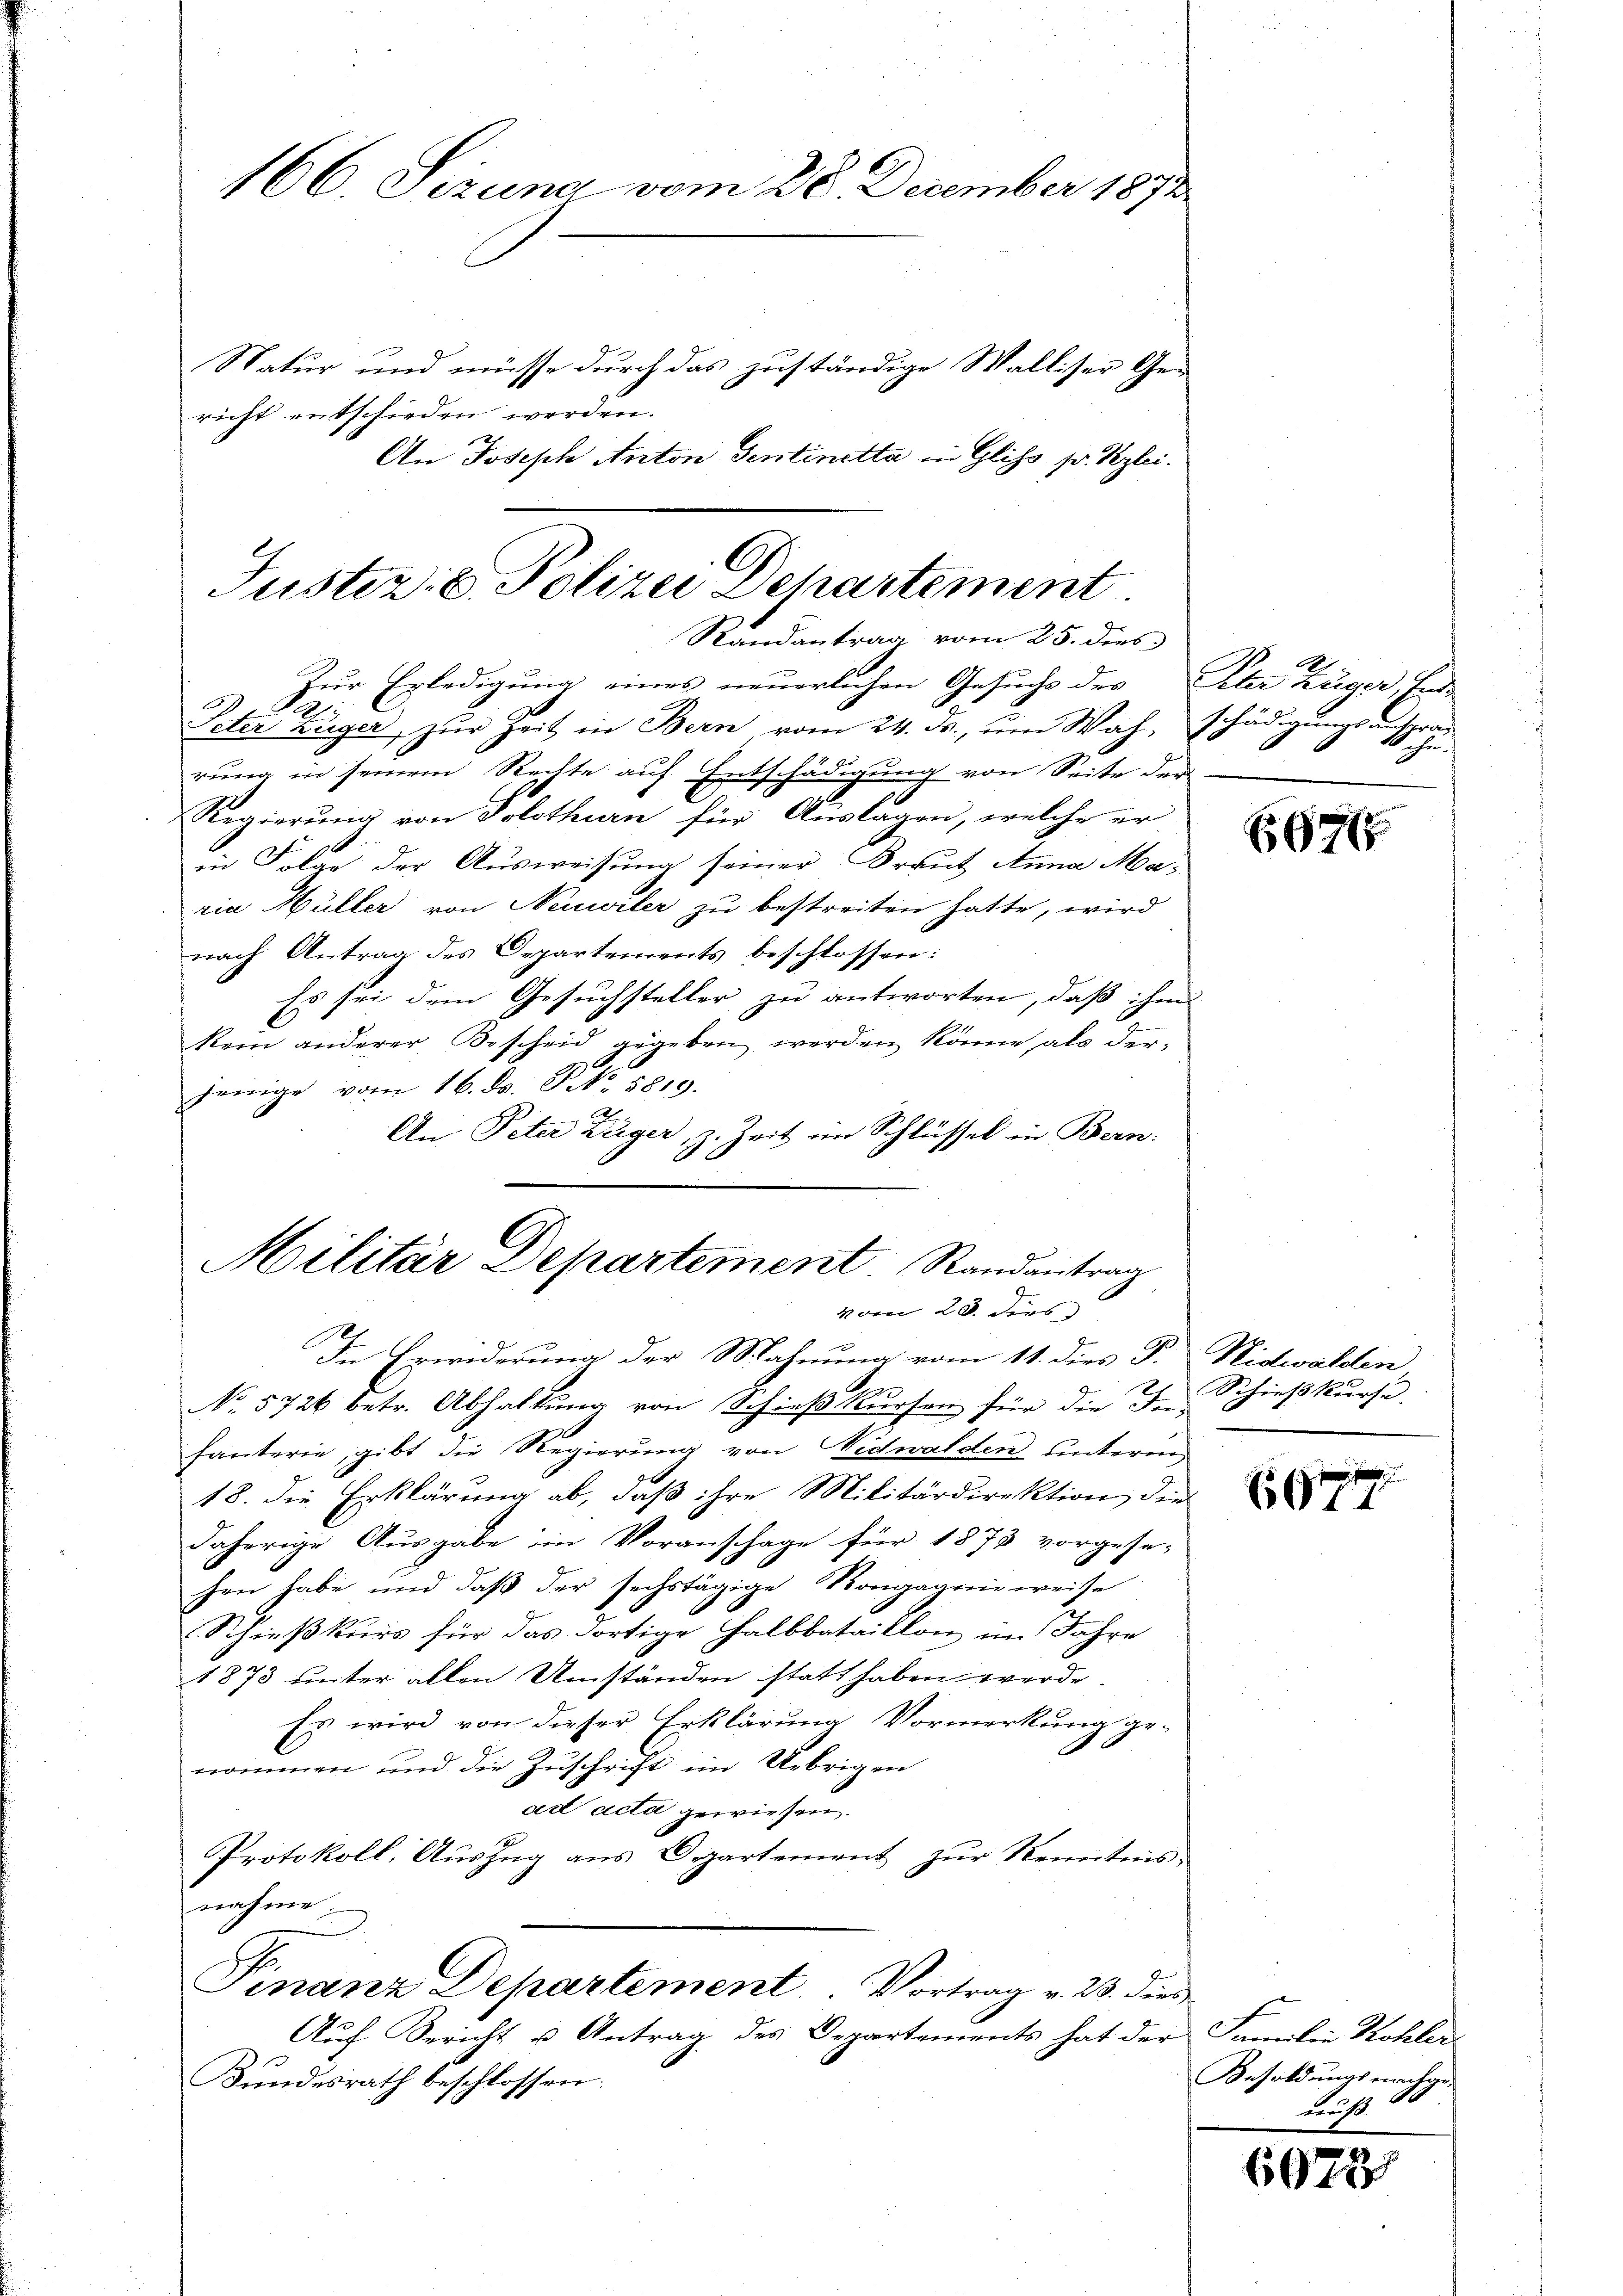
166. Sizung vom 28. December 1871
Natur und müsse durch das zuständige Walliser Ge¬

richt entschieden werden.
An Joseph Anton Sentinetta in Glits pr. Szlei.

Justiz- & Polizei Dehartement
Randantrag vom 25. dies

Militär Departement Randantrag
vom 20. ders

Zur Erledigung eines neuerlichen Gesuche des Peter Züger, fer
.
Peter Züger zur Zeit in Bern vom 24. ds., um Wah, schädigungsantra
rung in seinem Rechte auf Entschädigung von Seite der
Regierung von Solothurn für Auslagen, welche er
1.
in Folge der Ausweisung seiner Braut Anna Maria Müller von Neuerler zu bestreiten hatte, wird
nach Antrag des Departements beschlossen:
Es sei dem Gesuchsteller zu antworten, daß ihm
kein anderer Bescheid gegeben werden könne als derjenige vom 16. ds. No. 5819.
An Peter Züger, z. Zeit im Schlüssel in Bern:

In Erwiderung der Mahnung vom 11. dies P. Nidwalden
No. 5726 betr. Abhaltung von Schieß kursen für die In-
fanterie, gibt die Regierung von Nidwalden unterm
18. die Erklärung ab, daß ihre Militärdirektion die
daherige Ausgabe in Voranschage für 1873 vorgese-
hen habe und daß der sechstägige Kongagnieweise
Schießkurs für das dortige Halbbataillon im Jahre
1873 unter allen Umständen statt haben werde.
Es wird von dieser Erklärung Vormerkung ge-
nommen und die Zuschrift im Uebrigen
ad acta gewiesen.
Protokoll, Auszug aus Departement zur Kenntnis-
nahme
Finanz Departement. Vortrag v. 23. dies
Auf Bericht u Antrag des Departements hat der Familie Kohler
Bundesrath beschlossen:

Rechnis

4

Schießkurse

E

Besoldungs nachge
wurst

6073